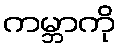
ကမ္ဘာကို